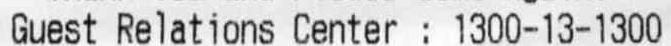
GUEST RELATIONS : 1300-13-1300